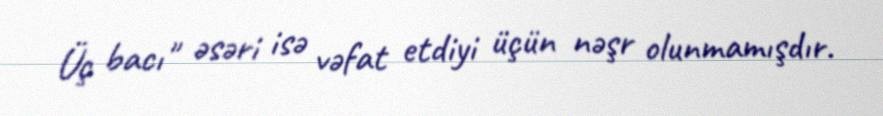
Üç bacı" əsəri isə vəfat etdiyi üçün nəşr olunmamışdır.